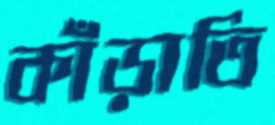
কাঁড়াতি